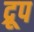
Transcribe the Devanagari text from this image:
द्रूप